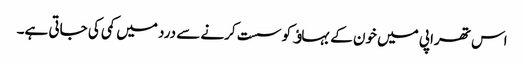
اس تھراپی میں خون کے بہاﺅ کو سست کرنے سے درد میں کمی کی جاتی ہے۔